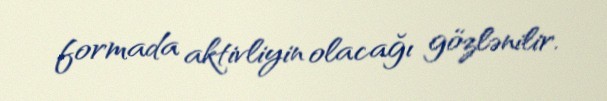
formada aktivliyin olacağı gözlənilir.